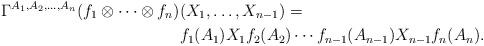
LaTeX: \begin{align*}\Gamma^{A_1,A_2, \ldots, A_n}(f_1\otimes\cdots\otimes f_n)& (X_1,\ldots, X_{n-1})=\\& f_1(A_1)X_1f_2(A_2) \cdots f_{n-1}(A_{n-1})X_{n-1}f_n(A_n).\end{align*}